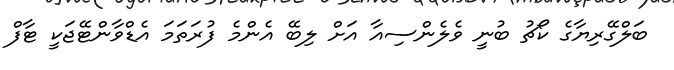
ބަލްގޭރިޔާގެ ކޯޗު ބުނީ ވެލެންސިއާ އަށް ލިބޭ އެންމެ ފުރަތަމަ އެޑްވާންޓޭޖަކީ ޓާފް